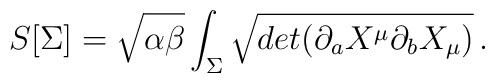
S[\Sigma ] = \sqrt{\alpha \beta } \int_{\Sigma} \sqrt{ det(\partial_{a}X^{\mu}\partial_{b}X_{\mu})}  \, .